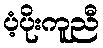
ပံ့ပိုးကူညီ